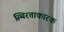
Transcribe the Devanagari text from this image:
स्थिरताकारक